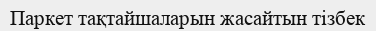
Паркет тақтайшаларын жасайтын тізбек